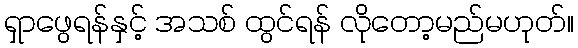
ရှာဖွေရန်နှင့် အသစ် ထွင်ရန် လိုတော့မည်မဟုတ်။